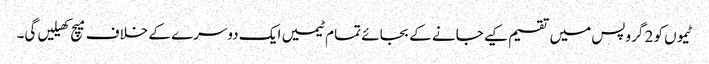
ٹیموں کو 2 گروپس میں تقسیم کیے جانے کے بجائے تمام ٹیمیں ایک دوسرے کے خلاف میچ کھیلیں گی۔